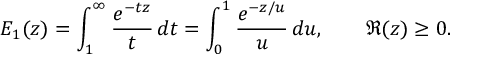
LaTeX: E _ { 1 } ( z ) = \int _ { 1 } ^ { \infty } { \frac { e ^ { - t z } } { t } } \, d t = \int _ { 0 } ^ { 1 } { \frac { e ^ { - z / u } } { u } } \, d u , \qquad \Re ( z ) \geq 0 .